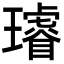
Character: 𤪻